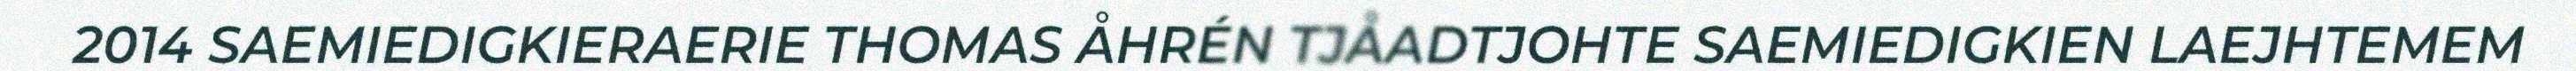
2014 SAEMIEDIGKIERAERIE THOMAS ÅHRÉN TJÅADTJOHTE SAEMIEDIGKIEN LAEJHTEMEM